Vaccination in Bombay 1902-1912 - 1902-1912
Year: 1902
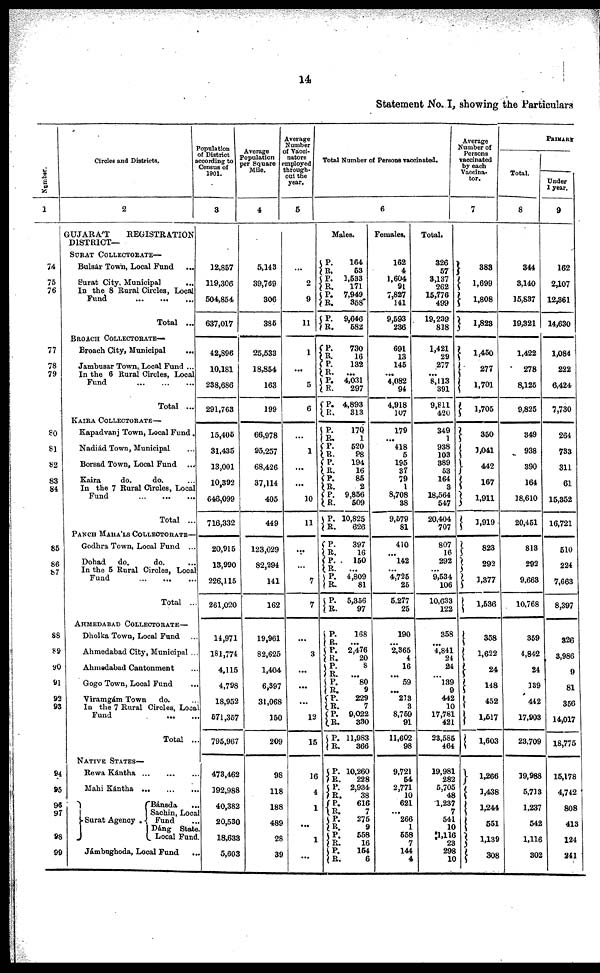
14
Statement No. I, showing the Particulars
Number.
1
74
75
76
77
78
79
80
81
82
83
84
85
86
87
88
89
90
91
92
93
94
95
96
97
98
99
Circles and Districts.
2
GUJARÁT
REGISTRATION
DISTRICT—
SURAT COLLECTORATE—
Bulsár Town, Local Fund ...
Surat City, Municipal
...
In the 8 Rural Circles, Local
Fund
...
...
...
Total ...
BROACH COLLECTORATE—
Broach City, Municipal
...
Jambusar Town,. Local Fund ...
In the 6 Rural Circles, Local
Fund
...
...
...
Total ...
KAIRA COLLECTORATE—
Kapadvanj Town, Local Fund.
Nadiád Town, Municipal ...
Borsad Town, Local Fund
...
Kaira
do.
do. ...
In the 7 Rural Circles, Local
Fund ... ... ...
Total ...
PANCH MAHÁLS COLLECTORATE—
Godhra Town, Local Fund ...
Dohad
do.
do. ...
In the 5 Rural Circles, Local
Fund ... ... ...
Total ...
AHMEDABAD COLLECTORATE—
Dholka Town, Local Fund
...
Ahmedabad City, Municipal ...
Ahmedabad Cantonment ...
Gogo Town, Local Fund ...
Viramgám Town
do.
In the 7 Rural Circles, Local
Fund ... ...
Total ...
NATIVE STATES—
Rewa Kántha
...
...
...
Mahi Kántha
...
...
...
Surat Agency
Bánsda
...
Sachin, Local
Fund
...
Dáng State.
Local Fund.
Jámbughoda, Local Fund ...
Population
of District
according to
Census of
1901.
3
12,857
119,306
504,854
637,017
42,896
10,181
238,686
291,763
15,405
31,435
13,001
10,392
646,099
716,332
20,915
13,990
226,115
261,020
14,971
181,774
4,115
4,798
18,952
571,357
795,967
473,462
192,988
40,382
20,530
18,633
5,603
Average
Population
per Square
Mile.
4
5,143
39,769
306
385
25,533
18,854
163
199
66,978
95,257
68,426
37,114
405
449
123,029
82,294
141
162
19,961
82,625
1,404
6,397
31,068
150
209
98
118
188
489
28
39
Average
Number
Vacci¬
nators
employed
through¬
out the
year.
5
...
2
9
11
1
...
5
6
...
1
...
...
10
11
...
...
7
7
...
3
...
...
...
12
15
16
4
1
...
1
...
Total Number of Persons vaccinated.
6
Males.
P.
R.
P.
R.
P.
R.
P.
R.
P.
R.
P.
R.
P.
R.
P.
R.
P.
R.
P.
R.
P.
R.
P.
R.
P.
R.
P.
R.
P.
R.
P.
R.
P.
R.
P.
R.
P. R.
P.
R.
P. R.
P.
R. P. R.
P.
R.
P.
R.
P.
R.
P.
R.
P.
R.
P. R.
P. R.
P.
R.
164
53
1,533
171
7,949
358
9,646
582
730
16
132
. ..
4,031
297
4,893
313
170
1
520
98
194
16
85
2
9,856
509
10,825
626
397
16
150
...
4,809
81
5,356
97
168
...
2,476
20
8
...
80
9
229
7
9,022
330
11,983
366
10,260
228
2,934
38
616
7
275
9
558
16
154
6
Females.
162
4
1,604
91
7,827
141
9,593
236
691
13
145
. ..
4,082
94
4,918
107
179
...
418
5
195
37
79
1
8,708
38
9,579
81
410
...
142
...
4,725
25
5,277
25
190
...
2,365
4
16
...
59
...
213
3
8,759
91
11,602
98
9,721
54
2,771
10
621
...
266
1
658
7
144
4
Total.
326
57
3,137
262
15,776
499
19,239
818
1,421
29
277
. ..
8,113
391
9,811
420
349
1
938
103
389
53
164
3
18,564
547
20,404
707
807
16
292
...
9,534
106
10,633
122
358
...
4,841
24
24
...
139
9
442
10
17,781
421
23,585
464
19,981
282
5,705
48
1,237
7
541
10
1,116
23
298
10
Average
Number of
Persons
vaccinated
by each
Vaccina¬
tor.
7
383
1,699
1,808
1,823
1,450
277
1,701
1,705
350
1,041
442
167
1,911
1,919
823
292
1,377
1,536
358
1,622
24
148
452
1,517
1,603
1,266
1,438
1,244
551
1,139
308
PRIMARY
Total.
8
344
3,140
15,837
19,321
1,422
278
8,125
9,825
349
938
390
164
18,610
20,451
813
292
9,663
10,768
359
4,842
24
139
442
17,903
23,709
19,988
5,713
1,237
542
1,116
302
Under
1 year.
9
162
2,107
12,361
14,630
1,084
222
6,424
7,730
264
733
311
61
15,352
16,721
510
224
7,663
8,397
326
3,986
9
81
356
14,017
18,775
15,178
4,742
808
413
124
241